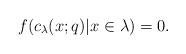
LaTeX: \begin{gather*}f(c_{\lambda}(x;q) \vert x \in \lambda) = 0.\end{gather*}